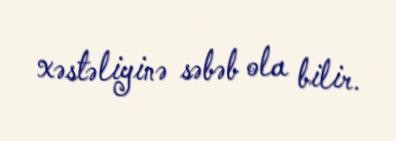
xəstəliyinə səbəb ola bilir.